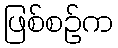
ဖြစ်စဉ်က